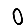
Digit: 0